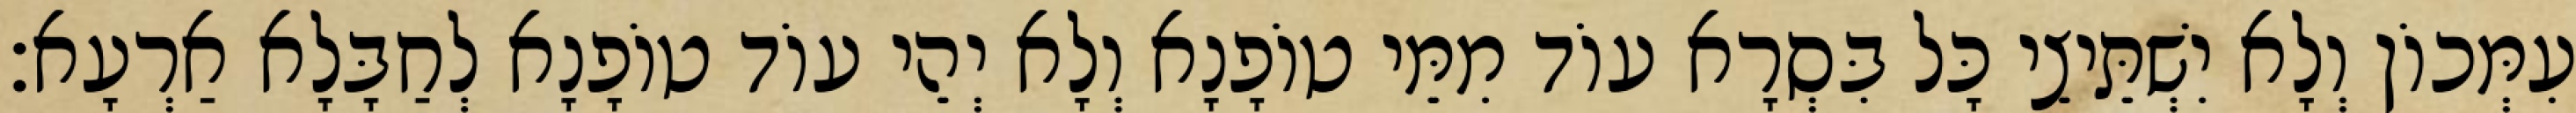
עִמְּכוֹן וְלָא יִשְׁתֵּיצֵי כָּל בִּסְרָא עוֹד מִמֵּי טוֹפָנָא וְלָא יְהֵי עוֹד טוֹפָנָא לְחַבָּלָא אַרְעָא׃